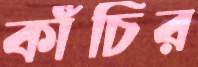
কাঁচির